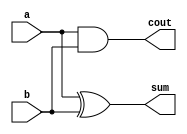
module halfAdder(a,b,sum,cout);
    input a,b;
    output sum,cout;
    xor(sum,a,b);
    and(cout,a,b);
endmodule